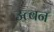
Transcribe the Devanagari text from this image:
उत्बन